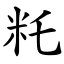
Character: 籷